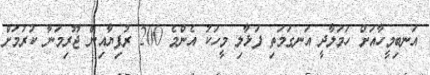
އަނބިމީހާއަށް ހަމަލާދީ އަނގަމަތި ފަޅާލި މީހަކު އެންމެ 200 ރުފިޔާއިން ޖޫރިމަނާ ކުރުމަށް